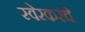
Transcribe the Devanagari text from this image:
स्वेरकरचे